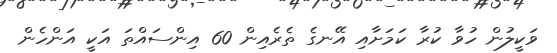
ވަކީލުން ހުވާ ކުރާ ކަމަށާއި އޭނގެ ތެރެއިން 60 އިންސައްތަ އަކީ އަންހެން